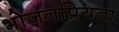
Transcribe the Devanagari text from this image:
भोजनप्रियता